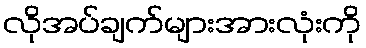
လိုအပ်ချက်များအားလုံးကို